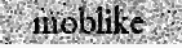
moblike